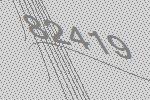
82419